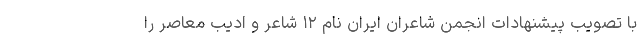
با تصویب پیشنهادات انجمن شاعران ایران نام ۱۲ شاعر و ادیب معاصر را